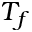
T _ { f }